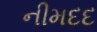
નીમદદ